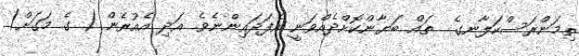
ތިމަންރަސްކަލާނގެ  ތައް ބަޔާންކޮށްދެއްވަނީ އެފަދައިންނެވެ. އަދި އެއުރެން ( ގެ މަގަށް)